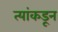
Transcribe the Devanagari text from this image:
त्यांकडून